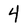
Character: 4